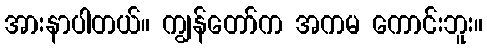
အားနာပါတယ်။ ကျွန်တော်က အကမ ကောင်းဘူး။